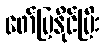
ဖော်ပြနိုင်ပြီး